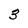
Character: 3